Annual report of the Imperial Bacteriological Laboratory, Muktesar
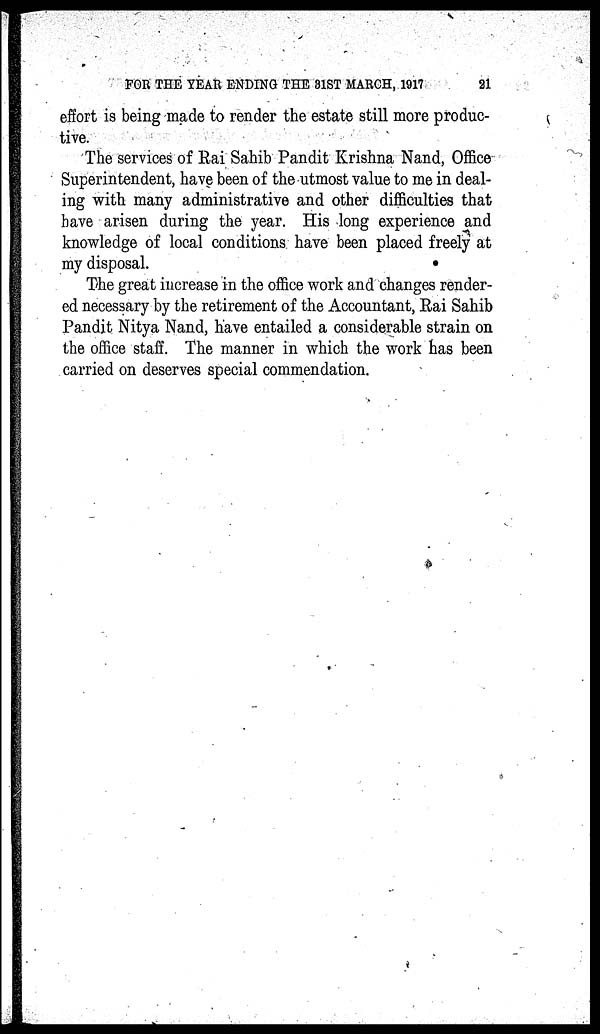
FOR THE YEAR ENDING THE 31ST MARCH, 1917
21
effort is being made to render the estate still more produc-
tive.
The services of Rai Sahib Pandit Krishna Nand, Office
Superintendent, have been of the utmost value to me in deal-
ing with many administrative and other difficulties that
have arisen during the year. His long experience and
knowledge of local conditions have been placed freely at
my disposal.
The great increase in the office work and changes render-
ed necessary by the retirement of the Accountant, Rai Sahib
Pandit Nitya Nand, have entailed a considerable strain on
the office staff. The manner in which the work has been
carried on deserves special commendation.